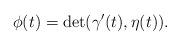
LaTeX: \begin{align*}\phi(t)=\det(\gamma'(t),\eta(t)).\end{align*}